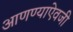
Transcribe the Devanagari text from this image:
आणण्याऐवजी